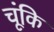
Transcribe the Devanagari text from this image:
चूंकि